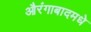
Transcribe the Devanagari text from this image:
औरंगाबादमधे